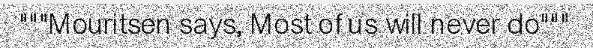
"""Mouritsen says, Most of us will never do"""